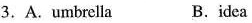
3.A. umbrella B.idea